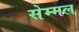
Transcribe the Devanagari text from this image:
सेम्मल